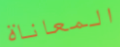
المعاناة